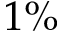
1 \%